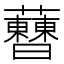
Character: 𧅝